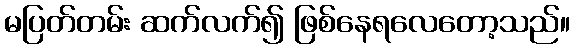
မပြတ်တမ်း ဆက်လက်၍ ဖြစ်နေရလေတော့သည်။